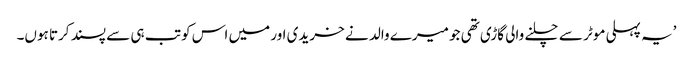
’یہ پہلی موٹر سے چلنے والی گاڑی تھی جو میرے والد نے خریدی اور میں اس کو تب ہی سے پسند کرتا ہوں۔